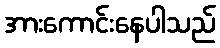
အားကောင်းနေပါသည်